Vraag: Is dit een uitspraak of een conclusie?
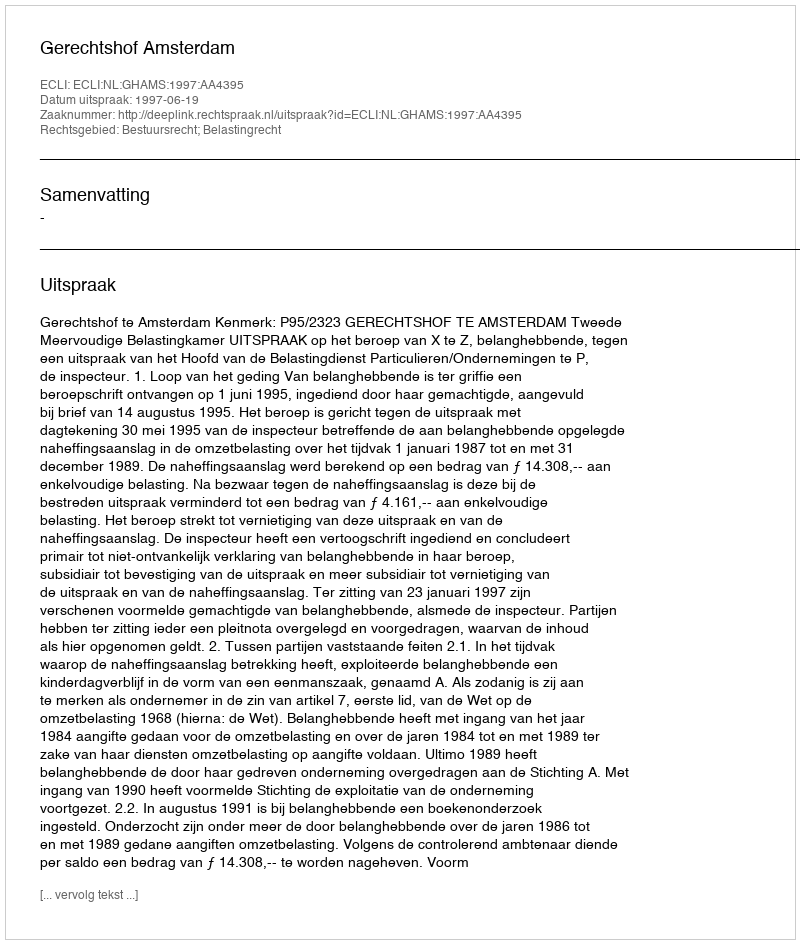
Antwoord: Uitspraak